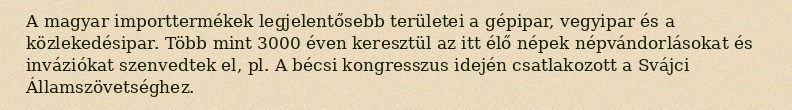
A magyar importtermékek legjelentősebb területei a gépipar, vegyipar és a közlekedésipar. Több mint 3000 éven keresztül az itt élő népek népvándorlásokat és inváziókat szenvedtek el, pl. A bécsi kongresszus idején csatlakozott a Svájci Államszövetséghez.